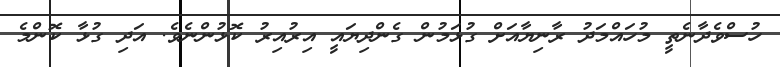
ހުސްވެދާނެތީ މުހައްމަދު ރާނިޔާއަށް ގުޅަމުން ގެންދިޔައީ އިރުއިރު ކޮޅުންނެވެ. އަދި ގުޅާ ކޮންމެ